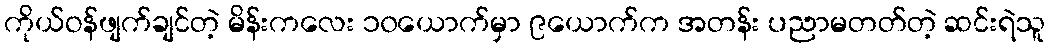
ကိုယ်ဝန်ဖျက်ချင်တဲ့ မိန်းကလေး ၁၀ယောက်မှာ ၉ယောက်က အတန်း ပညာမတတ်တဲ့ ဆင်းရဲသူ